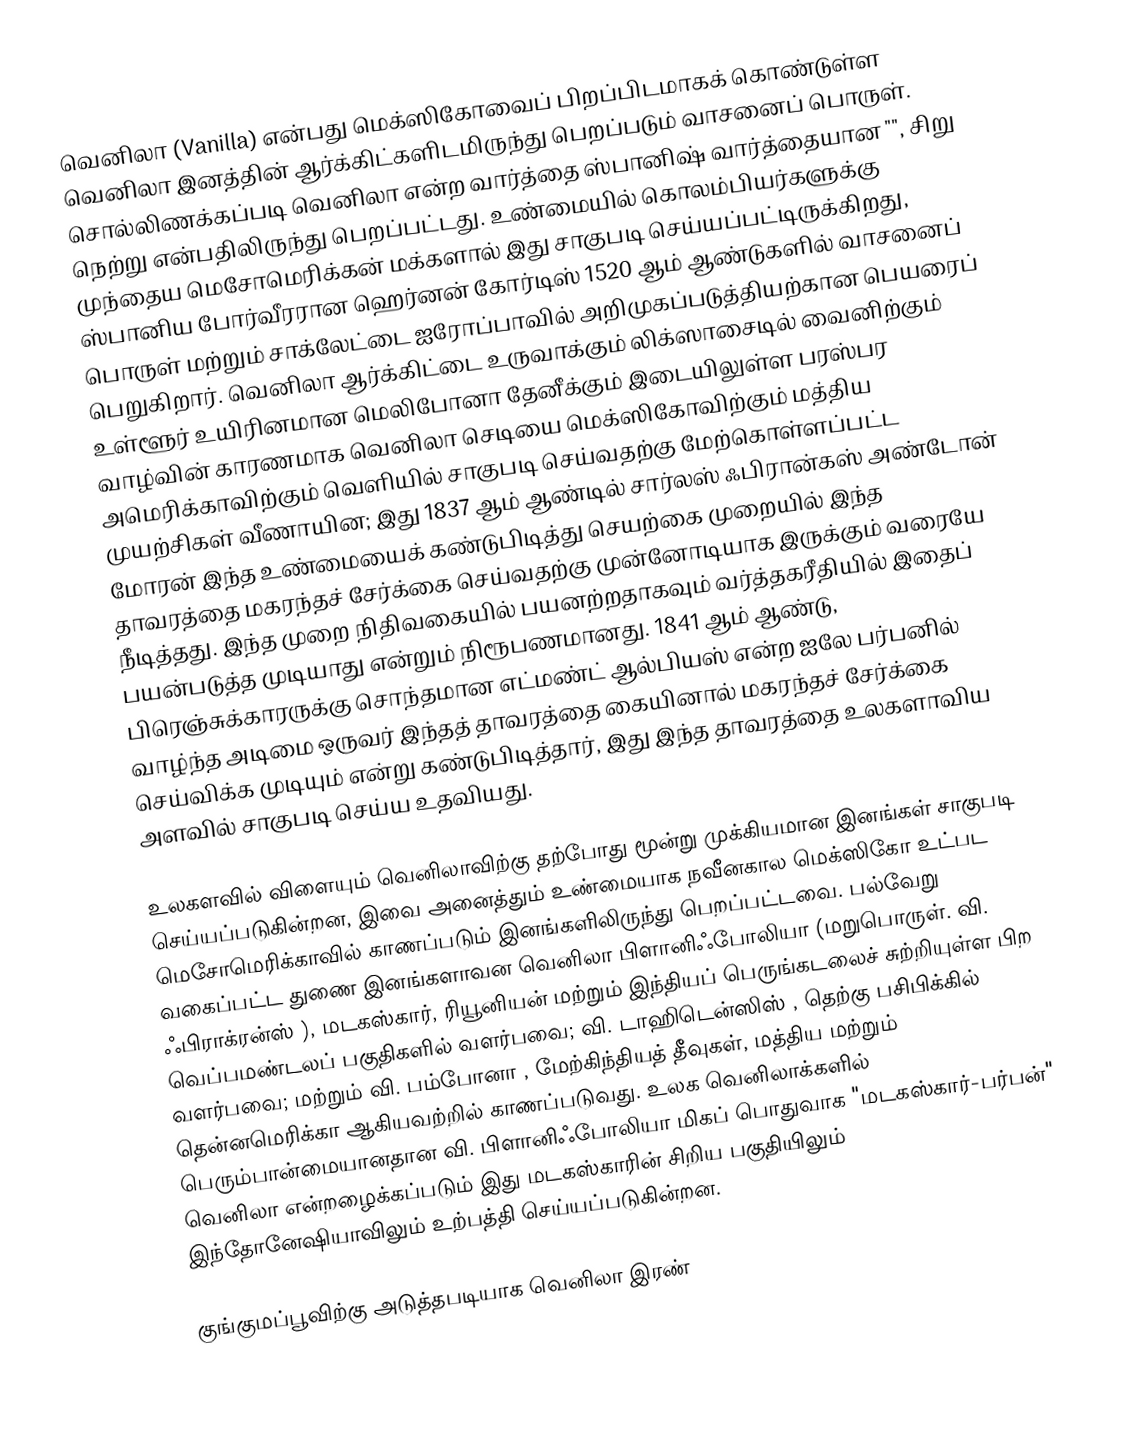
வெனிலா (Vanilla) என்பது மெக்ஸிகோவைப் பிறப்பிடமாகக் கொண்டுள்ள வெனிலா இனத்தின் ஆர்க்கிட்களிடமிருந்து பெறப்படும் வாசனைப் பொருள். சொல்லிணக்கப்படி வெனிலா என்ற வார்த்தை ஸ்பானிஷ் வார்த்தையான "", சிறு நெற்று என்பதிலிருந்து பெறப்பட்டது. உண்மையில் கொலம்பியர்களுக்கு முந்தைய மெசோமெரிக்கன் மக்களால் இது சாகுபடி செய்யப்பட்டிருக்கிறது, ஸ்பானிய போர்வீரரான ஹெர்னன் கோர்டிஸ் 1520 ஆம் ஆண்டுகளில் வாசனைப் பொருள் மற்றும் சாக்லேட்டை ஐரோப்பாவில் அறிமுகப்படுத்தியற்கான பெயரைப் பெறுகிறார். வெனிலா ஆர்க்கிட்டை உருவாக்கும் லிக்ஸாசைடில் வைனிற்கும் உள்ளூர் உயிரினமான மெலிபோனா தேனீக்கும் இடையிலுள்ள பரஸ்பர வாழ்வின் காரணமாக வெனிலா செடியை மெக்ஸிகோவிற்கும் மத்திய அமெரிக்காவிற்கும் வெளியில் சாகுபடி செய்வதற்கு மேற்கொள்ளப்பட்ட முயற்சிகள் வீணாயின; இது 1837 ஆம் ஆண்டில் சார்லஸ் ஃபிரான்கஸ் அண்டோன் மோரன் இந்த உண்மையைக் கண்டுபிடித்து செயற்கை முறையில் இந்த தாவரத்தை மகரந்தச் சேர்க்கை செய்வதற்கு முன்னோடியாக இருக்கும் வரையே நீடித்தது. இந்த முறை நிதிவகையில் பயனற்றதாகவும் வர்த்தகரீதியில் இதைப் பயன்படுத்த முடியாது என்றும் நிரூபணமானது. 1841 ஆம் ஆண்டு, பிரெஞ்சுக்காரருக்கு சொந்தமான எட்மண்ட் ஆல்பியஸ் என்ற ஐலே பர்பனில் வாழ்ந்த அடிமை ஒருவர் இந்தத் தாவரத்தை கையினால் மகரந்தச் சேர்க்கை செய்விக்க முடியும் என்று கண்டுபிடித்தார், இது இந்த தாவரத்தை உலகளாவிய அளவில் சாகுபடி செய்ய உதவியது.

உலகளவில் விளையும் வெனிலாவிற்கு தற்போது மூன்று முக்கியமான இனங்கள் சாகுபடி செய்யப்படுகின்றன, இவை அனைத்தும் உண்மையாக நவீனகால மெக்ஸிகோ உட்பட மெசோமெரிக்காவில் காணப்படும் இனங்களிலிருந்து பெறப்பட்டவை. பல்வேறு வகைப்பட்ட துணை இனங்களாவன வெனிலா பிளானிஃபோலியா (மறுபொருள். வி. ஃபிராக்ரன்ஸ் ), மடகஸ்கார், ரியூனியன் மற்றும் இந்தியப் பெருங்கடலைச் சுற்றியுள்ள பிற வெப்பமண்டலப் பகுதிகளில் வளர்பவை; வி. டாஹிடென்ஸிஸ் , தெற்கு பசிபிக்கில் வளர்பவை; மற்றும் வி. பம்போனா , மேற்கிந்தியத் தீவுகள், மத்திய மற்றும் தென்னமெரிக்கா ஆகியவற்றில் காணப்படுவது. உலக வெனிலாக்களில் பெரும்பான்மையானதான வி. பிளானிஃபோலியா மிகப் பொதுவாக "மடகஸ்கார்-பர்பன்" வெனிலா என்றழைக்கப்படும் இது மடகஸ்காரின் சிறிய பகுதியிலும் இந்தோனேஷியாவிலும் உற்பத்தி செய்யப்படுகின்றன.

குங்குமப்பூவிற்கு அடுத்தபடியாக வெனிலா இரண்